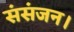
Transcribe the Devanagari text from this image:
संसंजन।